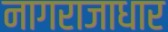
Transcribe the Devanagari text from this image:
नागराजाधार